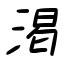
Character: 渇